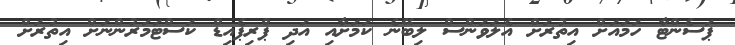
ޕަސެންޓާ ހަމައަށް އިތުރަށް އެލަވަންސް ލިބޭނެ ކަމަށާއި އަދި ޕްރިޕެއިޑް ކަސްޓަމަރުންނަށް އިތުރަށް